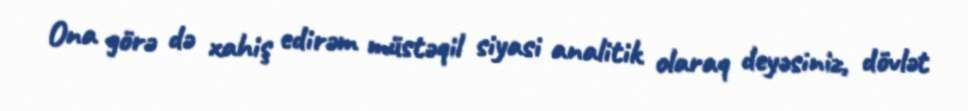
Ona görə də xahiş edirəm müstəqil siyasi analitik olaraq deyəsiniz, dövlət